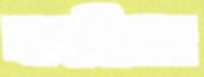
মাজছিলেন